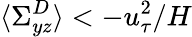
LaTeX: \langle\Sigma_{yz}^{D}\rangle<-u_{\tau}^{2}/H